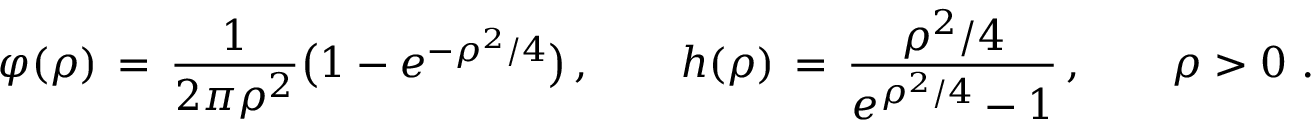
\varphi ( \rho ) \, = \, \frac { 1 } { 2 \pi \rho ^ { 2 } } \bigl ( 1 - e ^ { - \rho ^ { 2 } / 4 } \bigr ) \, , \qquad h ( \rho ) \, = \, \frac { \rho ^ { 2 } / 4 } { e ^ { \rho ^ { 2 } / 4 } - 1 } \, , \qquad \rho > 0 ~ .